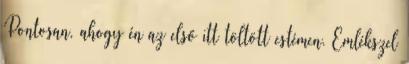
Pontosan, ahogy én az első itt töltött estémen. Emlékszel